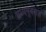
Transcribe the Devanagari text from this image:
मध्यपूर्वेसह